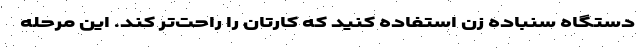
دستگاه سنباده زن استفاده کنید که کارتان را راحت‌تر کند. این مرحله